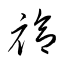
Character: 袷